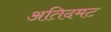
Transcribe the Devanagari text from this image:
अतिदमट